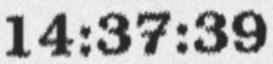
14:37:39